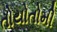
તોયોતોમી